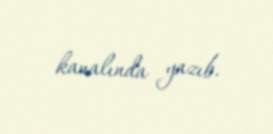
kanalında yazıb.